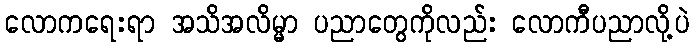
လောကရေးရာ အသိအလိမ္မာ ပညာတွေကိုလည်း လောကီပညာလို့ပဲ